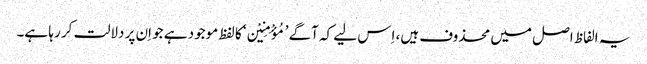
یہ الفاظ اصل میں محذوف ہیں، اِس لیے کہ آگے ’مُؤْمِنِیْن‘ کا لفظ موجود ہے جو اِن پر دلالت کر رہا ہے۔